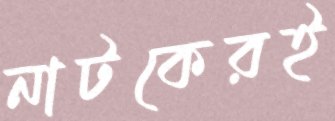
নাটকেরই